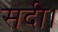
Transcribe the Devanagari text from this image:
सदी।